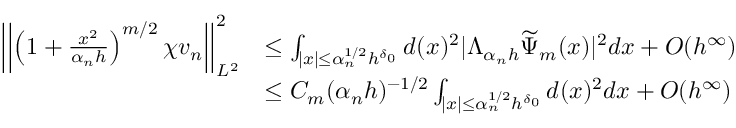
\begin{array} { r l } { \left| \left| \left( 1 + \frac { x ^ { 2 } } { \alpha _ { n } h } \right) ^ { m / 2 } \chi v _ { n } \right| \right| _ { L ^ { 2 } } ^ { 2 } } & { \leq \int _ { | x | \leq \alpha _ { n } ^ { 1 / 2 } h ^ { \delta _ { 0 } } } d ( x ) ^ { 2 } | \Lambda _ { \alpha _ { n } h } \widetilde { \Psi } _ { m } ( x ) | ^ { 2 } d x + O ( h ^ { \infty } ) } \\ & { \leq C _ { m } ( \alpha _ { n } h ) ^ { - 1 / 2 } \int _ { | x | \leq \alpha _ { n } ^ { 1 / 2 } h ^ { \delta _ { 0 } } } d ( x ) ^ { 2 } d x + O ( h ^ { \infty } ) } \end{array}